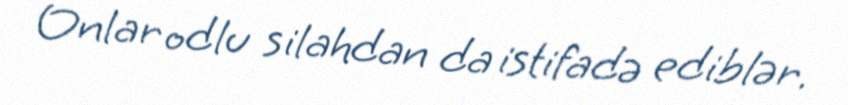
Onlar odlu silahdan da istifadə ediblər.